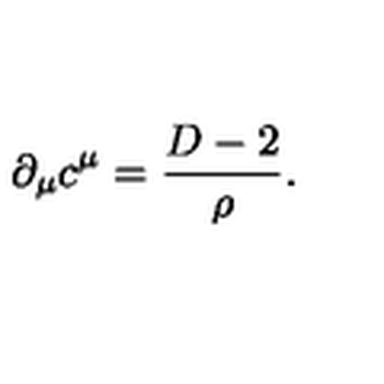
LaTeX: \partial _ { \mu } c ^ { \mu } = \frac { D - 2 } { \rho } .